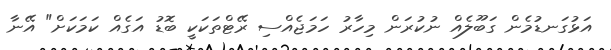
އަޅުގަނޑުމެން ގަބޫލެއް ނުކުރަން މިހާރު ހަމަޖެއްސި ރޭޓްތަކަކީ ބޮޑު އަގެއް ކަމަކަށް" އޭނާ